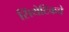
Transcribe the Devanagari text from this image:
सिंथेटिकचे